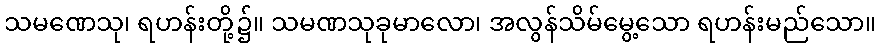
သမဏေသု၊ ရဟန်းတို့၌။ သမဏသုခုမာလော၊ အလွန်သိမ်မွေ့သော ရဟန်းမည်သော။